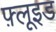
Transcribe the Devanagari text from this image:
फ़्लूइड